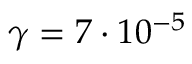
\gamma = 7 \cdot 1 0 ^ { - 5 }